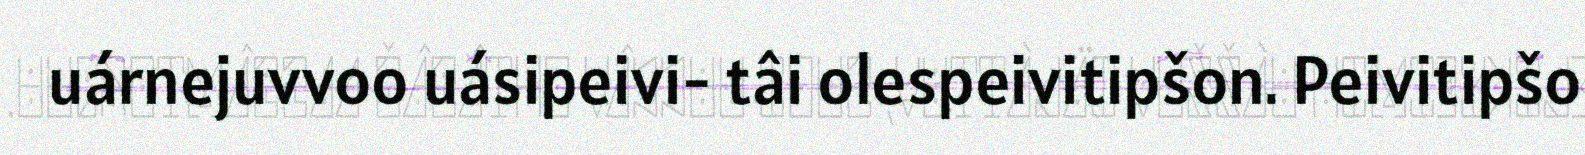
uárnejuvvoo uásipeivi- tâi olespeivitipšon. Peivitipšo